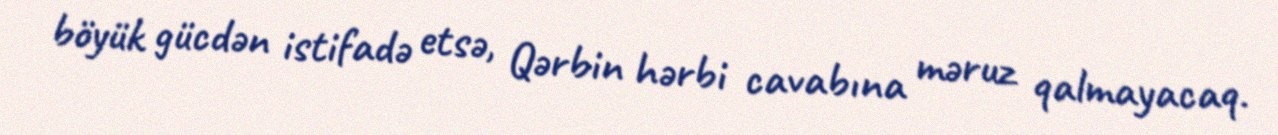
böyük gücdən istifadə etsə, Qərbin hərbi cavabına məruz qalmayacaq.